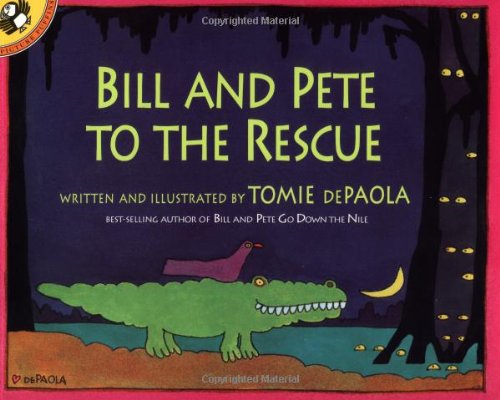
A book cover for Bill and Pete to the Rescue; Tomie dePaola; Children's Books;